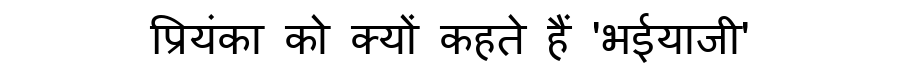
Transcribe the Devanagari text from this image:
प्रियंका को क्यों कहते हैं 'भईयाजी'